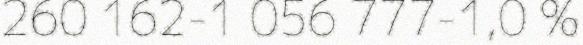
260 162-1 056 777-1,0 %